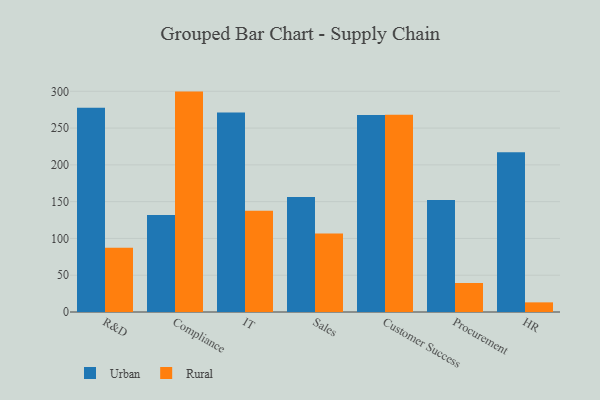
{"axis": {"x": "Department", "y": "Market Share (%)"}, "legend": ["Rural", "Urban"], "data": [{"x": "R&D", "y": 277.5, "type": "Urban"}, {"x": "R&D", "y": 87.4, "type": "Rural"}, {"x": "Compliance", "y": 131.8, "type": "Urban"}, {"x": "Compliance", "y": 299.6, "type": "Rural"}, {"x": "IT", "y": 271.3, "type": "Urban"}, {"x": "IT", "y": 137.6, "type": "Rural"}, {"x": "Sales", "y": 156.4, "type": "Urban"}, {"x": "Sales", "y": 106.6, "type": "Rural"}, {"x": "Customer Success", "y": 267.9, "type": "Urban"}, {"x": "Customer Success", "y": 268.3, "type": "Rural"}, {"x": "Procurement", "y": 152.3, "type": "Urban"}, {"x": "Procurement", "y": 39.4, "type": "Rural"}, {"x": "HR", "y": 217.3, "type": "Urban"}, {"x": "HR", "y": 13.1, "type": "Rural"}]}